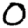
Digit: 0